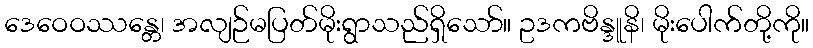
ဒေဝေဝဿန္တေ၊ အလျဉ်မပြတ်မိုးရွာသည်ရှိသော်။ ဥဒကဗိန္ဒူနိ၊ မိုးပေါက်တို့ကို။